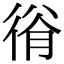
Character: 𢔍